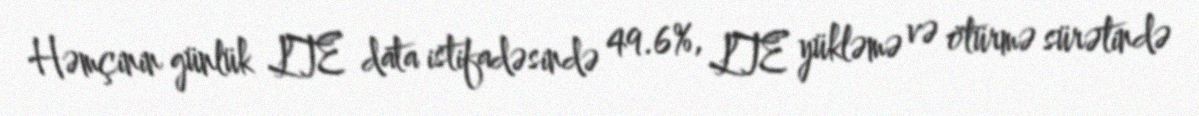
Həmçinin günlük LTE data istifadəsində 49.6%, LTE yükləmə və ötürmə sürətində